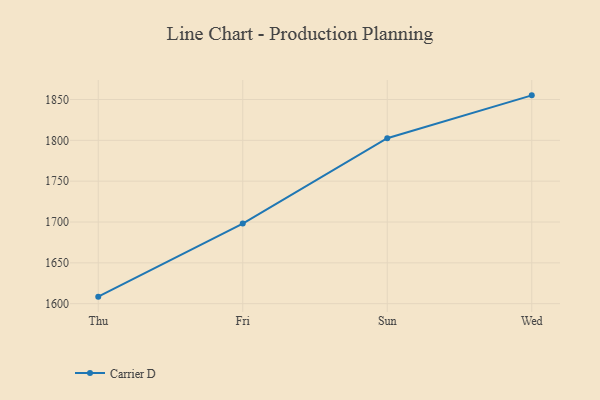
{"axis": {"x": "Day", "y": "Website Visitors"}, "legend": ["Carrier D"], "data": [{"x": "Thu", "y": 1608.6, "type": "Carrier D"}, {"x": "Fri", "y": 1698.1, "type": "Carrier D"}, {"x": "Sun", "y": 1802.6, "type": "Carrier D"}, {"x": "Wed", "y": 1855.1, "type": "Carrier D"}]}